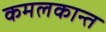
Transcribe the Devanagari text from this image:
कमलकान्त